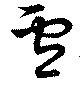
盧